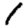
Digit: 1